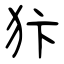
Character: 犿